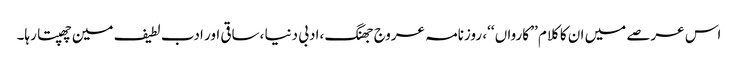
اس عرصے میں ان کا کلام ’’ کارواں ‘‘، روزنامہ عروج جھنگ ،ادبی دنیا ،ساقی اور ادب لطیف مین چھپتا رہا۔